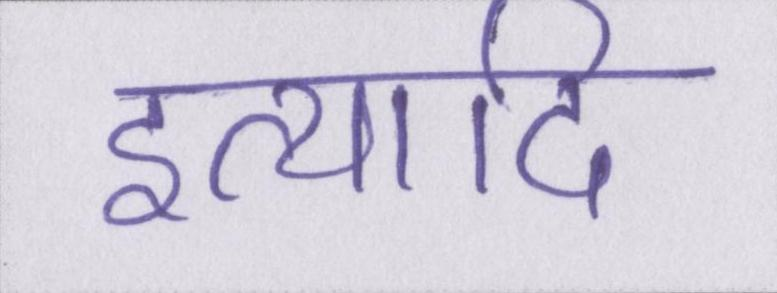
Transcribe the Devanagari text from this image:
इत्यादि